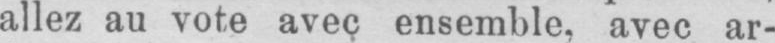
allez au vote avec ensemble, avec ar-